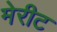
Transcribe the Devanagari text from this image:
मेरीट